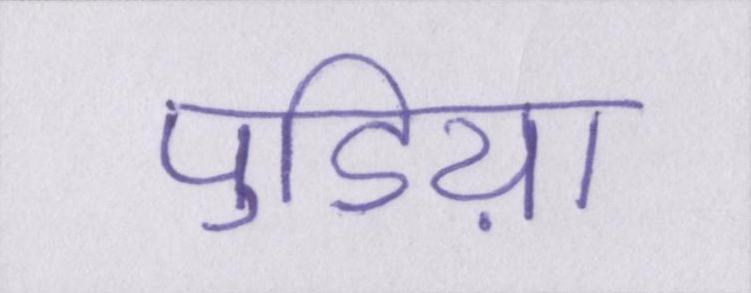
पुडिय़ा